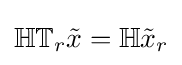
\mathbb {H} \mathbb {T} _{r}{\tilde {x}}=\mathbb {H} {\tilde {x}}_{r}